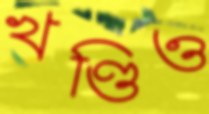
খণ্ডিও